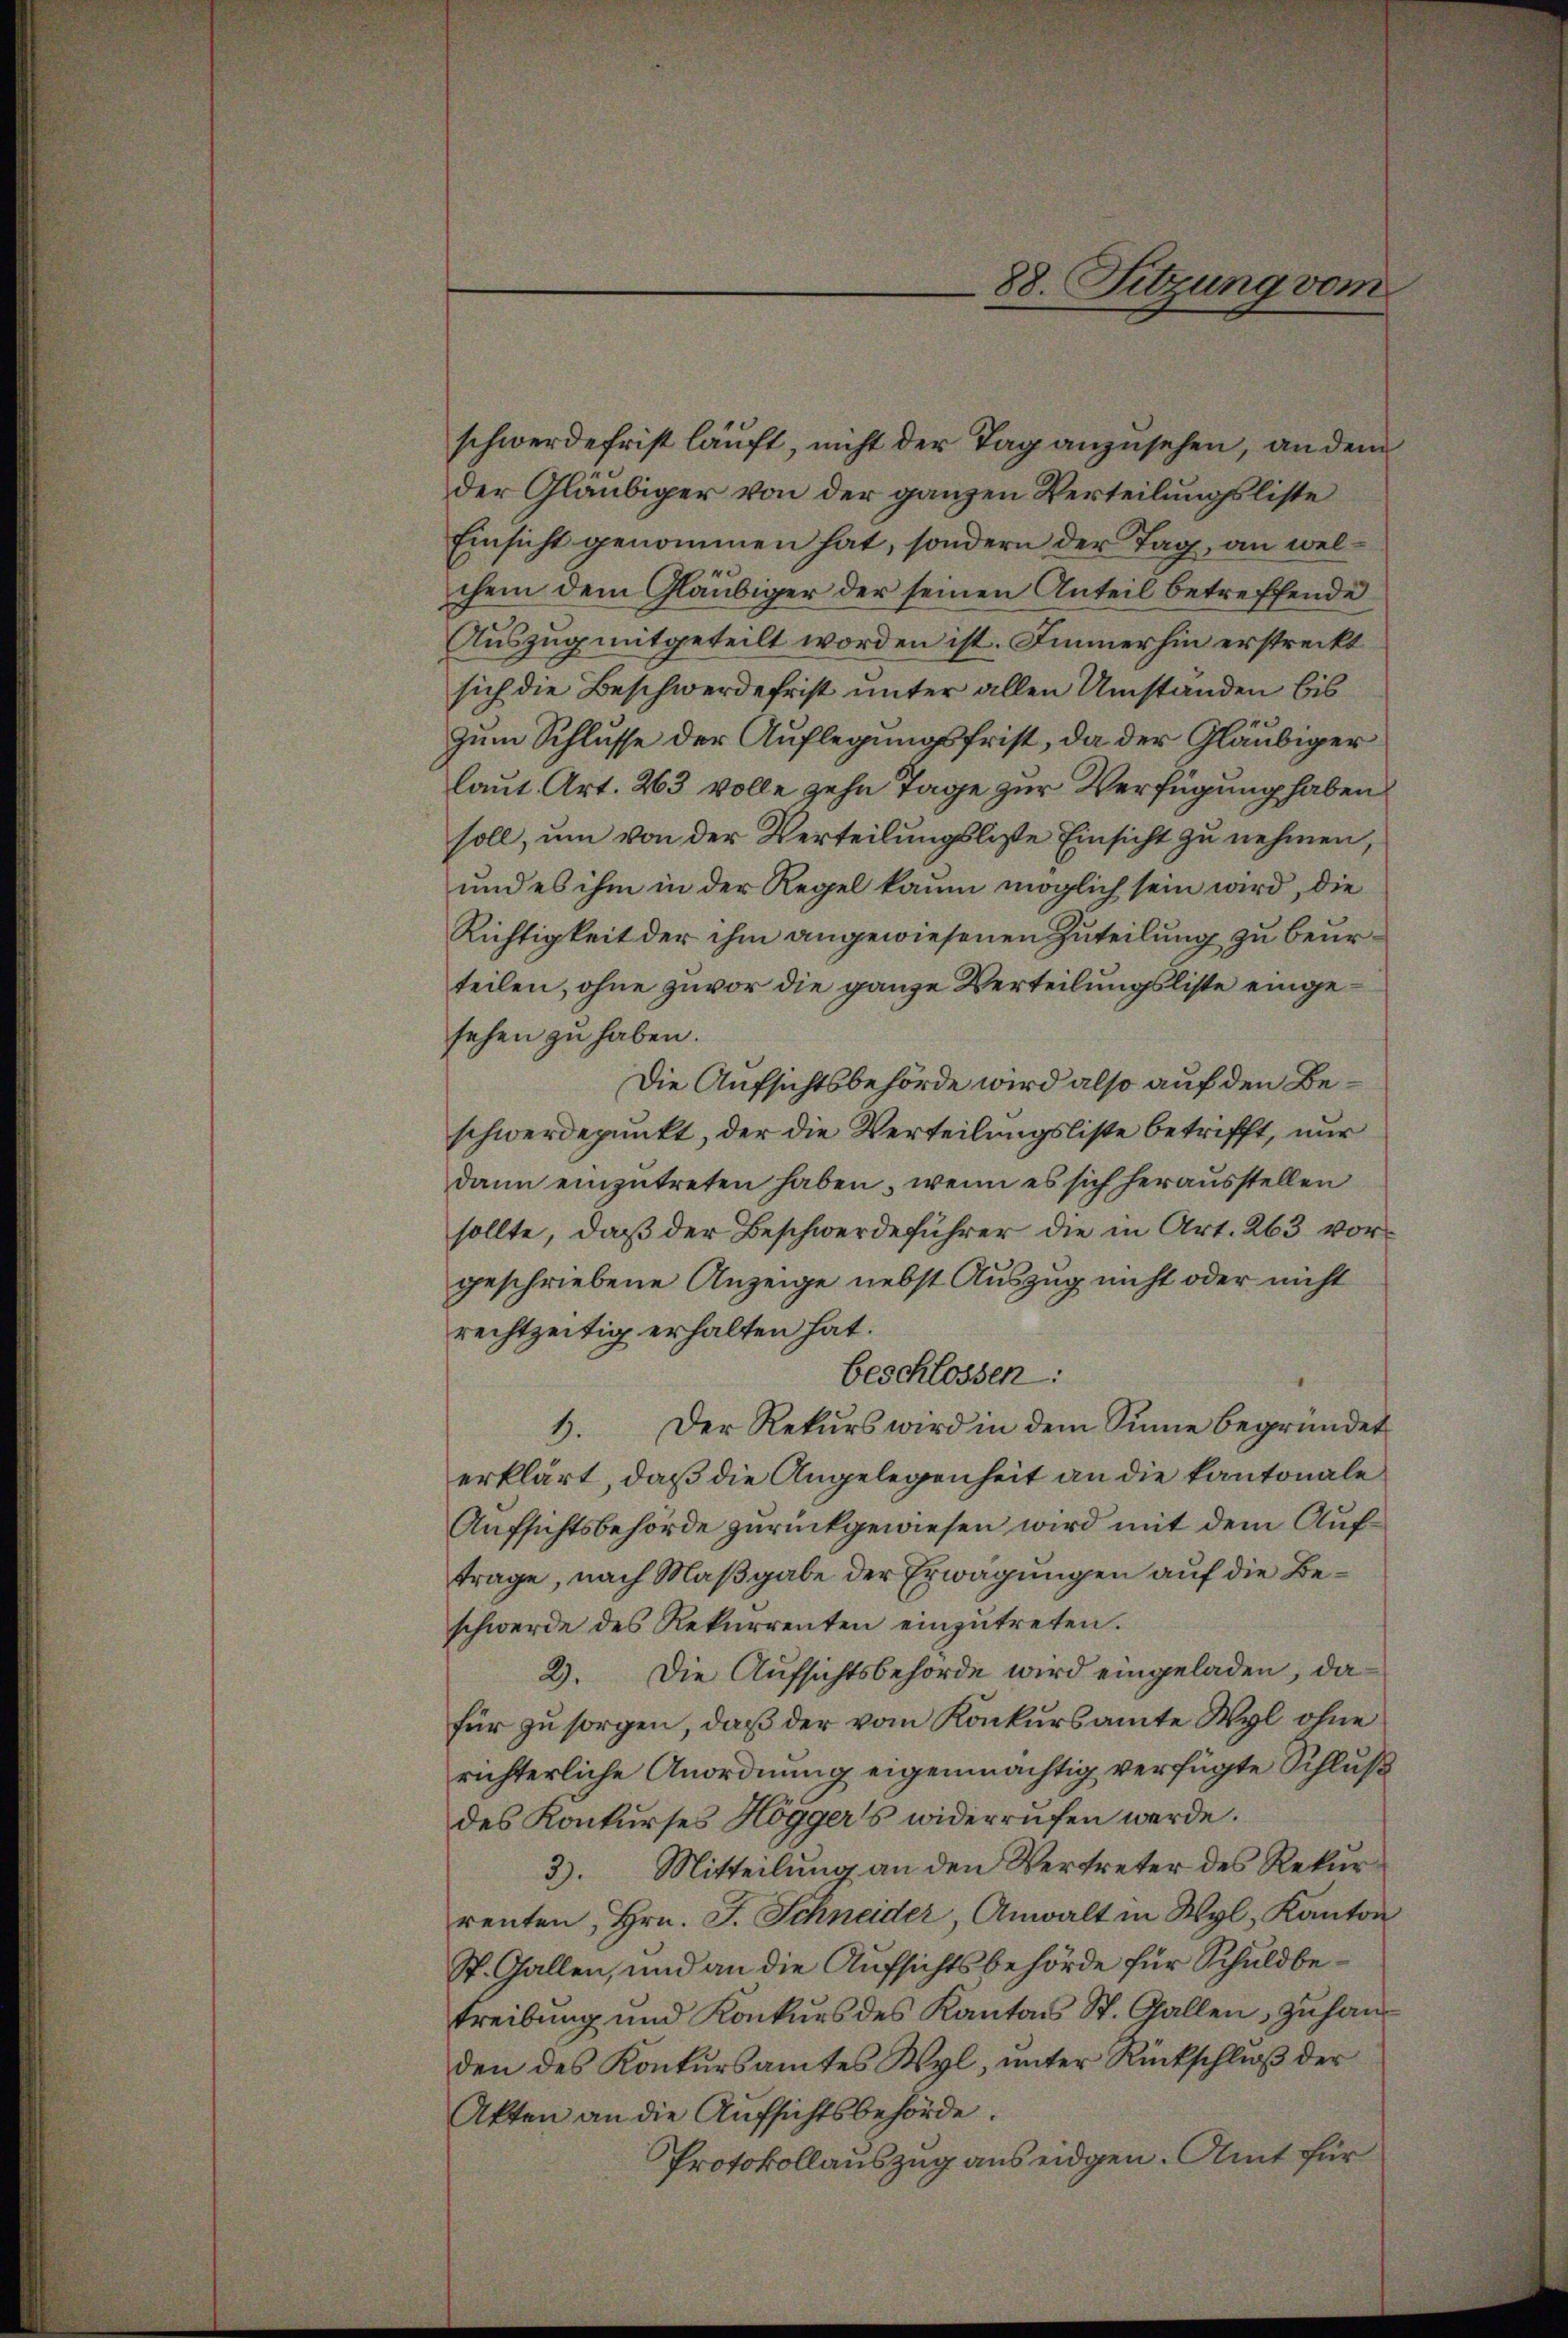
88. Sitzung vom

schwerde frist läuft, nicht der Tag anzusehen, an dem
der Gläubiger von der ganzen Verteilungsliste
Einsicht genommen hat, sondern der Tag, an welchem dem Gläubiger der seinen Anteil betreffende
Auszug mitgeteilt worden ist. Immerhin erstreckt
sich die Beschwerdefrist unter allen Umständen bis
zum Schlusse der Auflegungsfrist, da der Gläubiger
laut Art. 263 volle zehn Tage zur Verfügung haben
soll, um von der Verteilungsliste Einsicht zu nehmen,
und es ihm in der Regel kaum möglich sein wird, die
Richtigkeit der ihm angewiesenen Zuteilung zu beurteilen, ohne zuvor die ganze Verteilungsliste eingesehen zu haben.
Die Aufsichtsbehörde wird also auf den Beschwerdepunkt, der die Verteilungsliste betrifft, nur
dann einzŭtreten haben, wenn es sich herausstellen
sollte, daß der Beschwerdeführer die in Art. 263 vorgeschriebene Anzeige nebst Auszug nicht oder nicht
rechtzeitig erhalten hat.
beschlossen:
Der Rekurs wird in dem Sinne begründet
1.
erklärt, daß die Angelegenheit an die kantonale
Aufsichtsbehörde zurückgewiesen wird mit dem Auftrage, nach Maßgabe der Erwägungen auf die Beschwerde des Rekurrenten einzutreten.
2). Die Aufsichtsbehörde wird eingeladen, dafür zu sorgen, daß der vom Konkursamte Wyl ohne
richterliche Anordnung eigenmächtig verfügte Schluß
des Konkurses Höggers widerrufen werde.
3). Mitteilung an den Vertreter des Rekurrenten, Hrn. J. Schneider, Anwalt in Wyl, Kanton
St. Gallen, und an die Aufsichtsbehörde für Schuldbetreibung und Konkurs des Kantons St. Gallen, zuhanden des Konkursamtes Wyl, unter Rückschluß der
Akten an die Aufsichtsbehörde.
Protokollauszug aus eidgen. Amt für